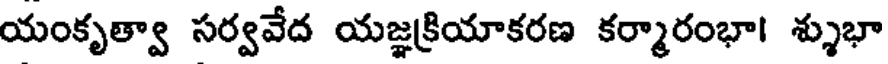
యంకృత్వా సర్వవేద యజ్ఞక్రియాకరణ కర్మారంభా। శ్శుభా